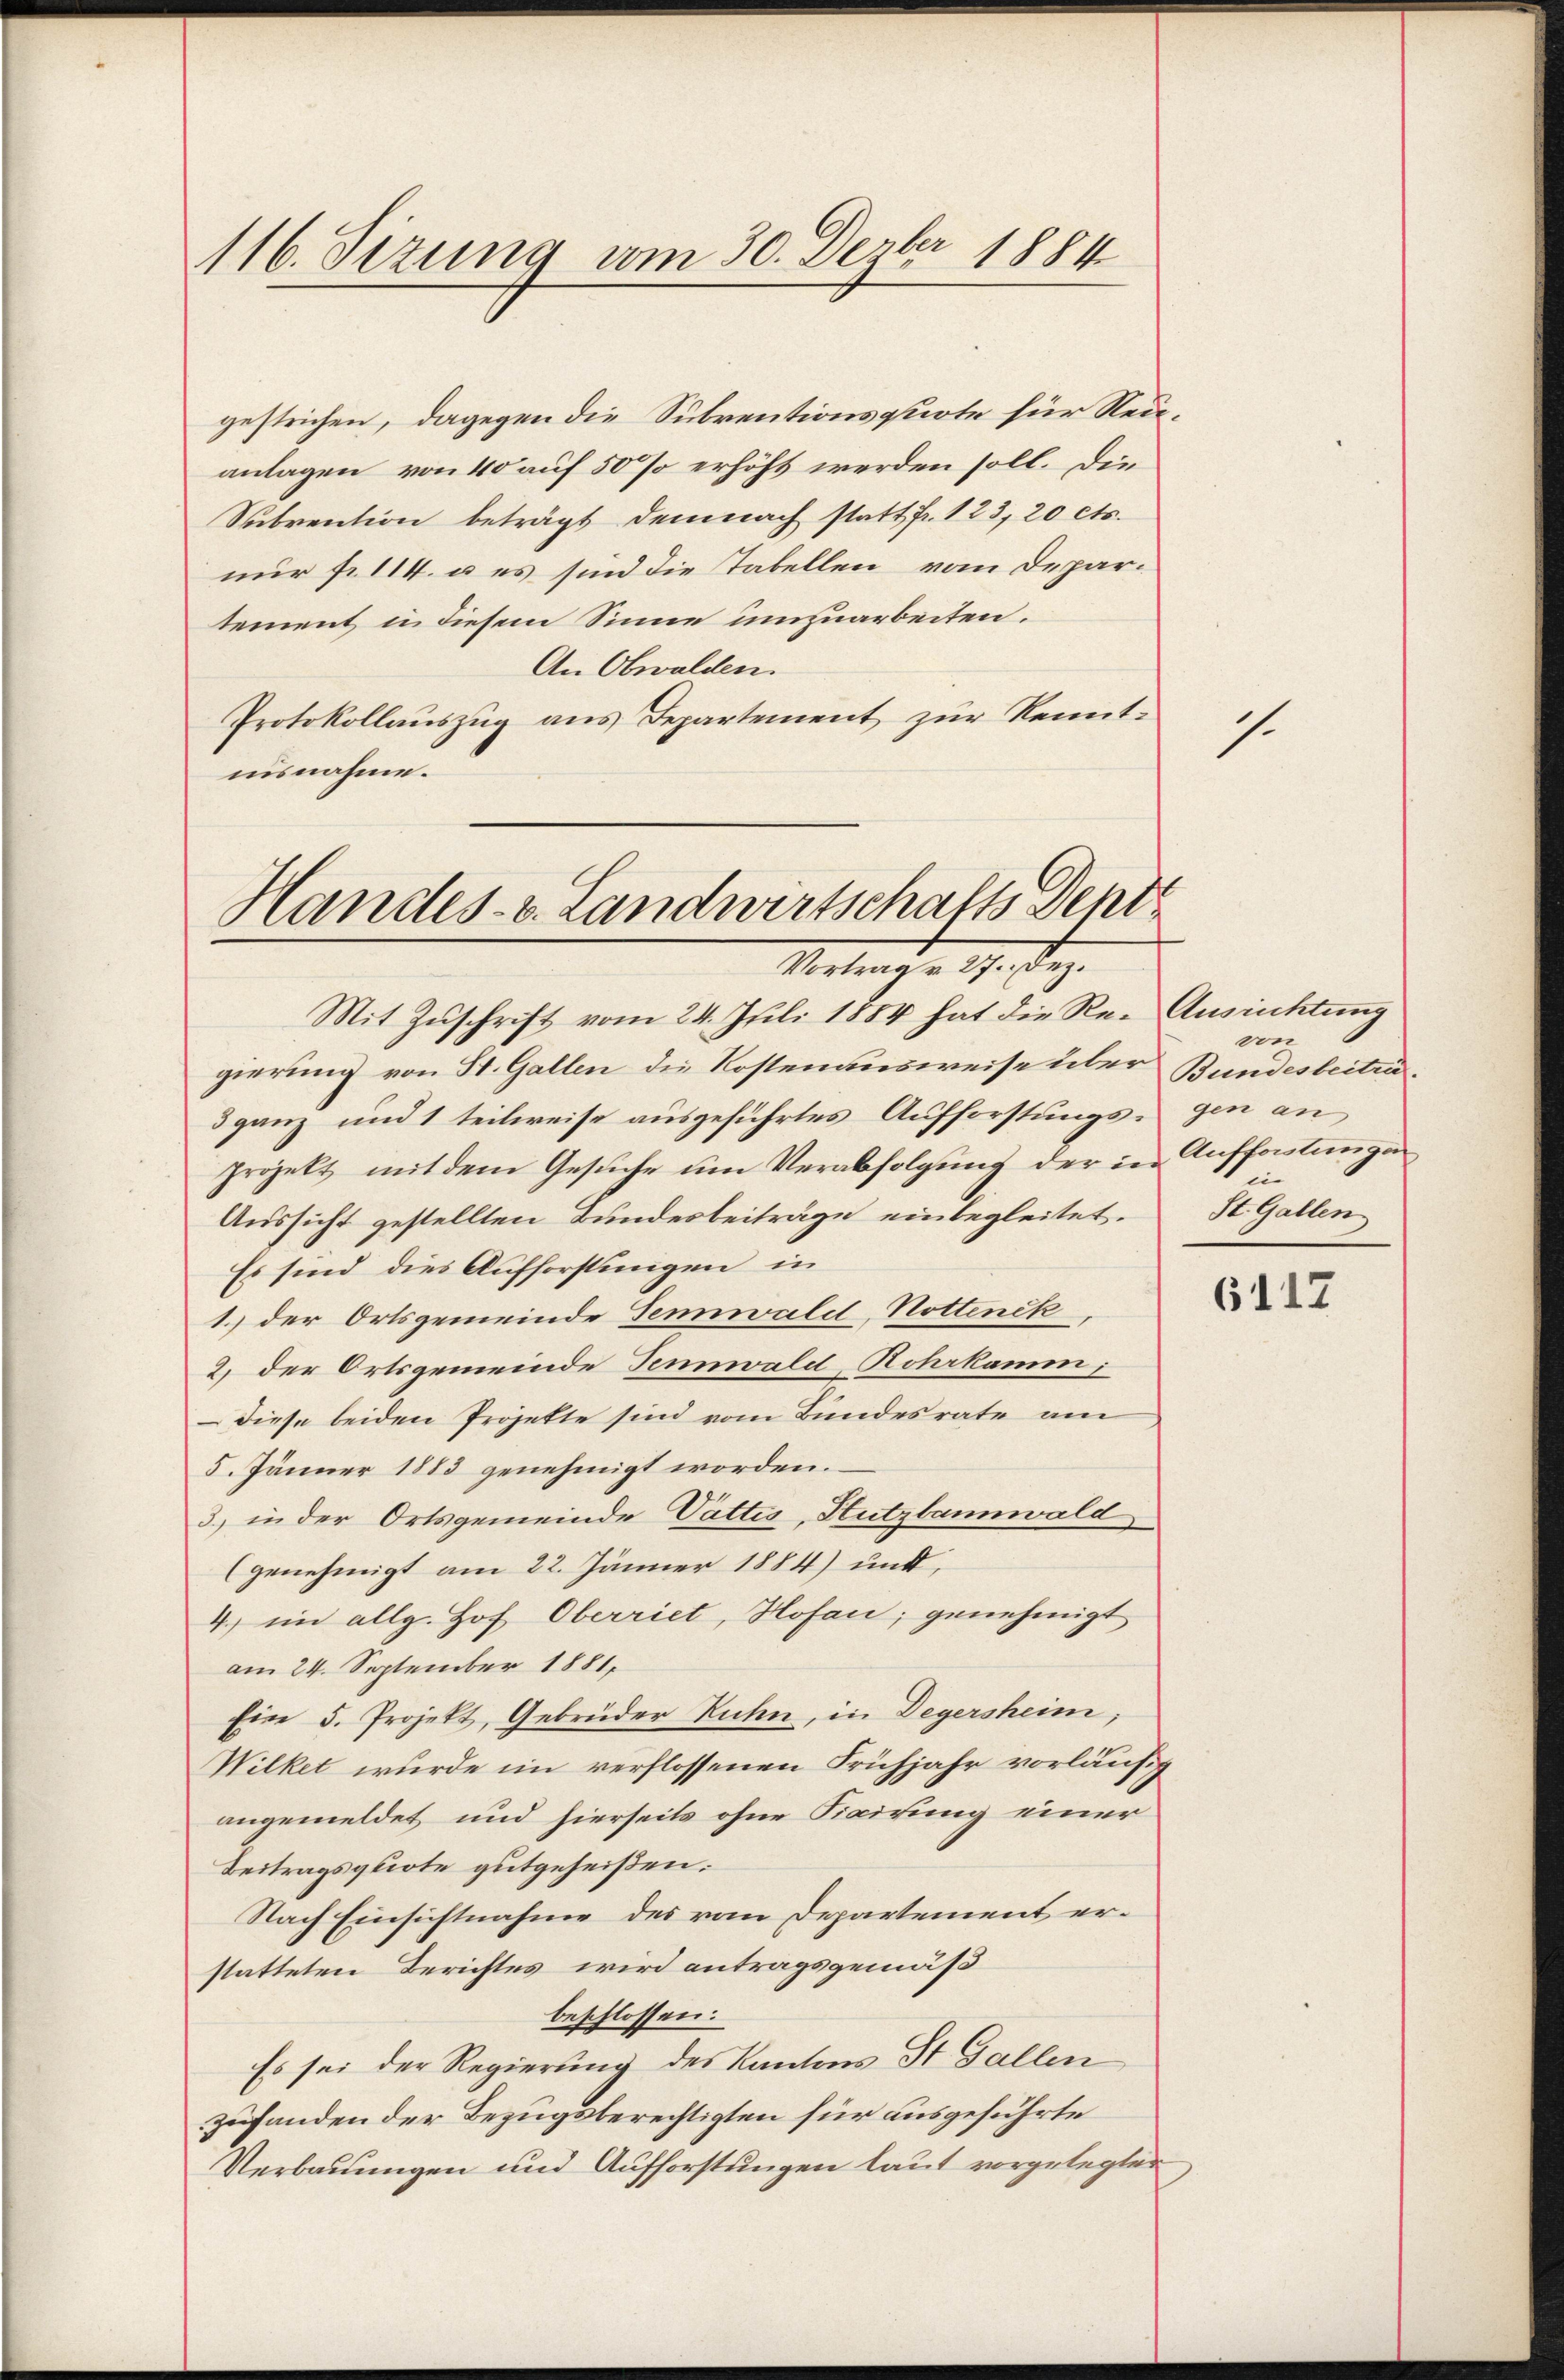
116. Sizung vom 30. Derber 1884

gestrichen, dagegen die Subventionsquote für Neuanlagen von 40 auf 50 % erhöht werden soll. Die
Subvention beträgt demnach statt fr. 123, 20 cts.
nur fr. 114. u es sind die Tabellen vom Departement in diesem Sinne umzuarbeiten.
An Obwalden.
Protokollauszug aus Departement zur Kenntuisnahme.

Handes-v. Landwirtschafts Dent
Vertrag v. 29. Dez.

Mit Zuschrift vom 24. Juli 1884 hat die Regierung von St. Gallen die Kostenausweise über Bundesbeiträ¬
3 ganz und 1 teilweise ausgeführtes Aufforstungs- gen an
Projekt mit dem Gesuche um Verabfolgung der in Auffortungen
Aussicht gestellten Bundesbeiträge einbegleitet.
Es sind dies Aufforstungen in
1.) der Ortsgemeinde Tenwald, Nottenck
2) der Ortsgemeinde Tennwald, Rohrkamm
diese beiden Projekte sind vom Bundesrate am
5. Jänner 1883 genehmigt worden.
3) in der Ortsgemeinde Vattes, Stutzbannwald
(genehmigt am 22. Jänner 1884) und
4) im allg. Hof Oberriet, Hofan; genehmigt
am 24. September 1881,
Eine 5. Projekt, Gebrüder Ruhn, in Degersheim;
Wilket wurde im verflossenen Frühjahr vorläufig
angemeldet und hierseits ohne Fixirung einer
Beitragsquote gutgeheißen.
Nach Einsichtnahme des vom Departement erstatteten Berichtes wird antragsgemäß
beschlossen:
Es sei der Regierung des Kantons St. Gallen
zuhanden der Bezugsberechtigten für ausgeführte
Verbauungen und Aufforstungen laut vorgelegter

.

Ausrichtung
von
in
St. Gallen

6117